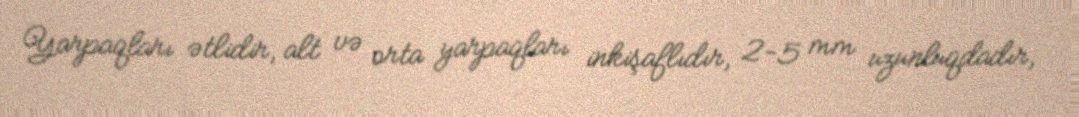
Yarpaqları ətlidir, alt və orta yarpaqları inkişaflıdır, 2-5 mm uzunluqdadır,